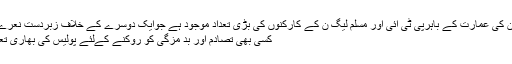
الیکشن ٹریبونل ملتان کی عمارت کے باہرپی ٹی آئی اور مسلم لیگ ن کے کارکنوں کی بڑی تعداد موجود ہے جوایک دوسرے کے خلاف زبردست نعرے بازی کر رہی ہے
کسی بھی تصادم اور بد مزگی کو روکنے کےلئے پولیس کی بھاری تعداد بھی موجود ہے۔